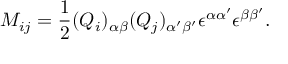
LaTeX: M _ { i j } = \frac { 1 } { 2 } ( Q _ { i } ) _ { \alpha \beta } ( Q _ { j } ) _ { \alpha ^ { \prime } \beta ^ { \prime } } \epsilon ^ { \alpha \alpha ^ { \prime } } \epsilon ^ { \beta \beta ^ { \prime } } . \nonumber